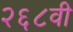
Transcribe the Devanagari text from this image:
२६८वी